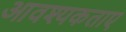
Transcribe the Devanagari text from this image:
आवश्यकताए